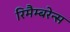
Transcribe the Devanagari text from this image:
रिमैम्बरेन्स